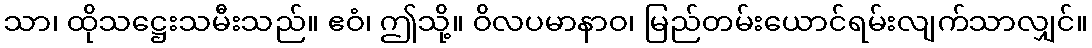
သာ၊ ထိုသဋ္ဌေးသမီးသည်။ ဧဝံ၊ ဤသို့။ ဝိလပမာနာဝ၊ မြည်တမ်းယောင်ရမ်းလျက်သာလျှင်။